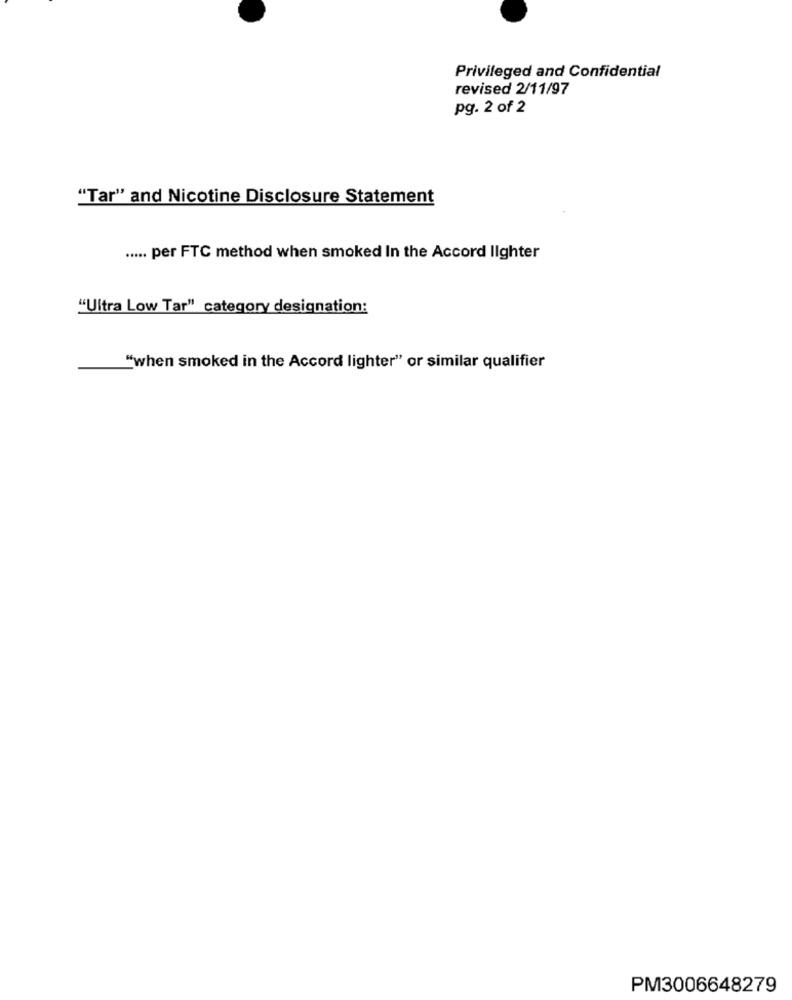
Privileged and Confidential
revised 2/11/97
pg. 2 of 2
"Tar" and Nicotine Disclosure Statement
..... per FTC method when smoked In the Accord Ilghter
"Ultra Low Tar" category designation:
"when smoked in the Accord lighter" or similar qualifier
PM3006648279